Annual report of the Imperial Bacteriologist
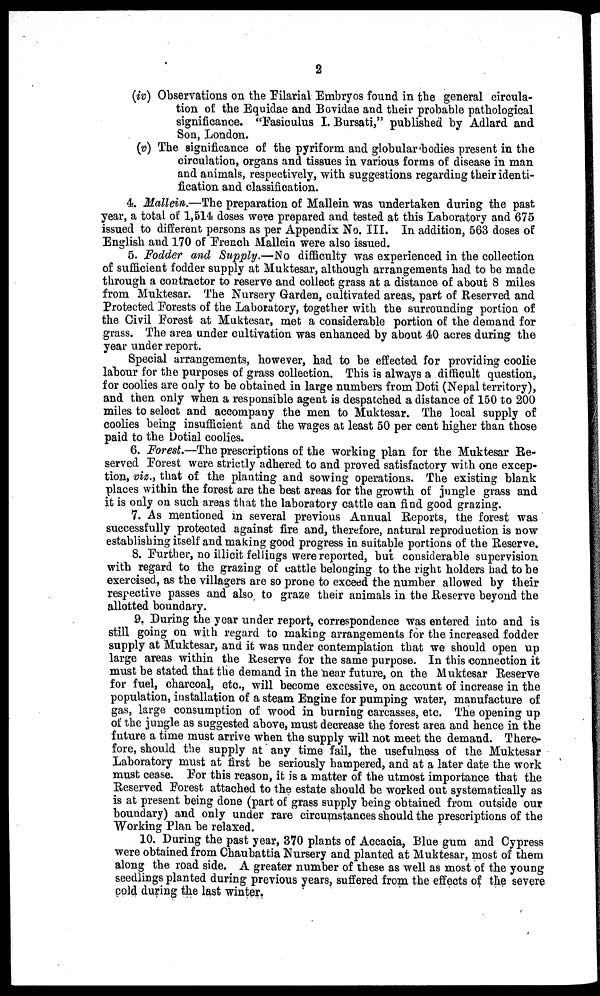
2
(iv) Observations on the Filarial Embryos found in the general circula-
tion of the Equidae and Bovidae and their probable pathological
significance. "Fasiculus I. Bursati," published by Adlard and
Son, London.
(v) The significance of the pyriform and globular bodies present in the
circulation, organs and tissues in various forms of disease in man
and animals, respectively, with suggestions regarding their identi-
fication and classification.
4. Mallein.—The preparation of Mallein was undertaken during the past
year, a total of 1,514 doses were prepared and tested at this Laboratory and 675
issued to different persons as per Appendix No. III. In addition, 563 doses of
English and 170 of French Mallein were also issued.
5. Fodder and Supply.—No difficulty was experienced in the collection
of sufficient fodder supply at Muktesar, although arrangements had to be made
through a contractor to reserve and collect grass at a distance of about 8 miles
from Muktesar. The Nursery Garden, cultivated areas, part of Reserved and
Protected Forests of the Laboratory, together with the surrounding portion of
the Civil Forest at Muktesar, met a considerable portion of the demand for
grass. The area under cultivation was enhanced by about 40 acres during the
year under report.
Special arrangements, however, had to be effected for providing coolie
labour for the purposes of grass collection. This is always a difficult question,
for coolies are only to be obtained in large numbers from Doti (Nepal territory),
and then only when a responsible agent is despatched a distance of 150 to 200
miles to select and accompany the men to Muktesar. The local supply of
coolies being insufficient and the wages at least 50 per cent higher than those
paid to the Dotial coolies.
6. Forest.—The prescriptions of the working plan for the Muktesar Re-
served Forest were strictly adhered to and proved satisfactory with one excep-
tion, viz., that of the planting and sowing operations. The existing blank
places within the forest are the best areas for the growth of jungle grass and
it is only on such areas that the laboratory cattle can find good grazing.
7. As mentioned in several previous Annual Reports, the forest was
successfully protected against fire and, therefore, natural reproduction is now
establishing itself and making good progress in suitable portions of the Reserve.
8. Further, no illicit fellings were reported, but considerable supervision
with regard to the grazing of cattle belonging to the right holders had to be
exercised, as the villagers are so prone to exceed the number allowed by their
respective passes and also to graze their animals in the Reserve beyond the
allotted boundary.
9. During the year under report, correspondence was entered into and is
still going on with regard to making arrangements for the increased fodder
supply at Muktesar, and it was under contemplation that we should open up
large areas within the Reserve for the same purpose. In this connection it
must be stated that the demand in the near future, on the Muktesar Reserve
for fuel, charcoal, etc., will become excessive, on account of increase in the
population, installation of a steam Engine for pumping water, manufacture of
gas, large consumption of wood in burning carcasses, etc. The opening up
of the jungle as suggested above, must decrease the forest area and hence in the
future a time must arrive when the supply will not meet the demand. There-
fore, should the supply at any time fail, the usefulness of the Muktesar
Laboratory must at first be seriously hampered, and at a later date the work
must cease. For this reason, it is a matter of the utmost importance that the
Reserved Forest attached to the estate should be worked out systematically as
is at present being done (part of grass supply being obtained from outside our
boundary) and only under rare circumstances should the prescriptions of the
Working Plan be relaxed.
10. During the past year, 370 plants of Accacia, Blue gum and Cypress
were obtained from Chaubattia Nursery and planted at Muktesar, most of them
along the road side. A greater number of these as well as most of the young
seedlings planted during previous years, suffered from the effects of the severe
cold during the last winter.